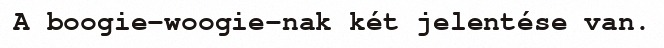
A boogie-woogie-nak két jelentése van.